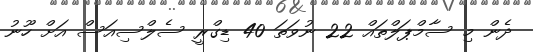
ދެން މި ސާމްޕަލްތައް 22 ނުވަތަ 40 ޑިގްރީ ސެލްސިއަސް އަށް ހޫނު